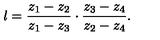
\l = { \frac { z _ { 1 } - z _ { 2 } } { z _ { 1 } - z _ { 3 } } } \cdot { \frac { z _ { 3 } - z _ { 4 } } { z _ { 2 } - z _ { 4 } } } .